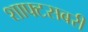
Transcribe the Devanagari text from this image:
शाफ्टसबरी